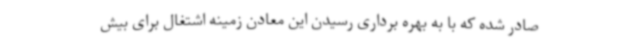
صادر شده که با به بهره برداری رسیدن این معادن زمینه اشتغال برای بیش